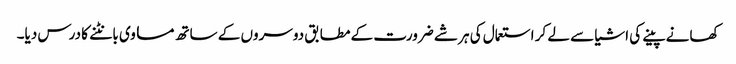
کھانے پینے کی اشیا سے لے کر استعمال کی ہر شے ضرورت کے مطابق دوسروں کے ساتھ مساوی بانٹنے کا درس دیا۔